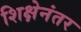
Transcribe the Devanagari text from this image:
शिक्षेनंतर